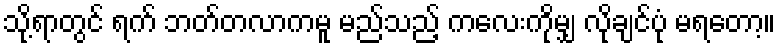
သို့ရာတွင် ရက် ဘတ်တလာကမူ မည်သည့် ကလေးကိုမျှ လိုချင်ပုံ မရတော့။